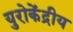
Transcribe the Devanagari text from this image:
युरोकेंद्रीय